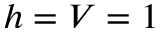
h = V = 1